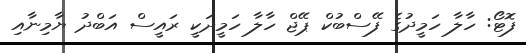
ފޮޓޯ: ހާލާ ހަމީދުގެ ފޭސްބުކް ޕޭޖް ހާލާ ހަމީދަކީ ރައީސް އަބްދު ޔާމިނާއި